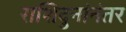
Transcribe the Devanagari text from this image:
राशिदुनांनंतर